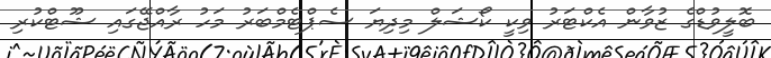
ބޮލީވުޑްގެ ޒުވާން އެކްޓަރު ވިކީ ކޯޝަލް މިދިޔަ ސެޕްޓެމްބަރު މަހު ރާއްޖޭގައި ޝޫޓްކުރި